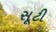
સૂટી